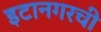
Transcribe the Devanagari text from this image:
इटानगरची